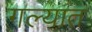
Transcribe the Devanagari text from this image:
गल्यात